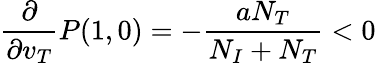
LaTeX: \frac{\partial}{\partial v_{T}}P(1,0)=-\frac{aN_{T}}{N_{I}+N_{T}}<0